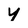
Character: y